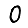
Digit: 0